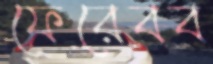
ফেরেবব